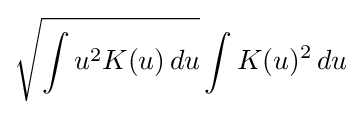
{\sqrt {\int u^{2}K(u)\,du}}\int K(u)^{2}\,du